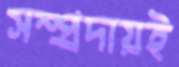
সম্প্রদায়ই